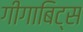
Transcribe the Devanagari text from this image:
गीगाबिट्स